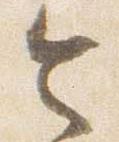
令